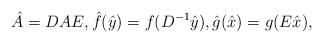
LaTeX: \begin{align*}\hat A = DAE, \hat f(\hat y) = f(D^{-1}\hat y), \hat g(\hat x) = g(E \hat x),\end{align*}